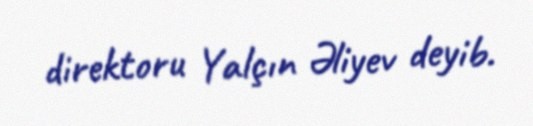
direktoru Yalçın Əliyev deyib.